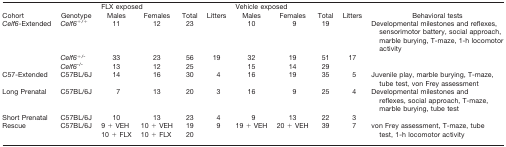
|  |  | <COLSPAN=4> FLX exposed | <COLSPAN=4> Vehicle exposed |  |
 | Cohort | Genotype | Males | Females | Total | Litters | Males | Females | Total | Litters | Behavioral tests |
 | --- | --- | --- | --- | --- | --- | --- | --- | --- | --- | --- |
 | Celf6-Extended | Celf6+/+ | 11 | 12 | 23 |  | 10 | 9 | 19 |  | Developmental milestones and reflexes, sensorimotor battery, social approach, marble burying, T-maze, 1-h locomotor activity |
 |  | Celf6+/- | 33 | 23 | 56 | 19 | 32 | 19 | 51 | 17 |  |
 |  | Celf6-/- | 13 | 12 | 25 |  | 15 | 14 | 29 |  |  |
 | C57-Extended | C57BL/6J | 14 | 16 | 30 | 4 | 16 | 19 | 35 | 5 | Juvenile play, marble burying, T-maze, tube test, von Frey assessment |
 | Long Prenatal | C57BL/6J | 7 | 13 | 20 | 3 | 16 | 9 | 25 | 4 | Developmental milestones and reflexes, social approach, T-maze, marble burying, tube test |
 | Short Prenatal | C57BL/6J | 10 | 13 | 23 | 4 | 9 | 13 | 22 | 3 |  |
 | <ROWSPAN=2> Rescue | <ROWSPAN=2> C57BL/6J | 9 + VEH | 10 + VEH | 19 | <ROWSPAN=2> 9 | <ROWSPAN=2> 19 + VEH | <ROWSPAN=2> 20 + VEH | <ROWSPAN=2> 39 | <ROWSPAN=2> 7 | <ROWSPAN=2> von Frey assessment, T-maze, tube test, 1-h locomotor activity |
 | 10 + FLX | 10 + FLX | 20 |